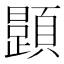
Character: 𲊷